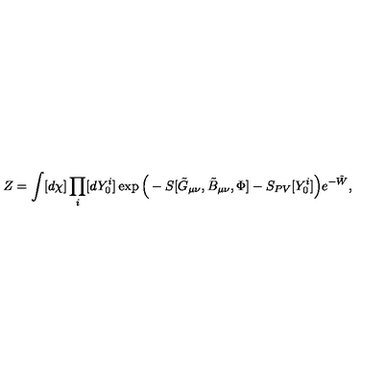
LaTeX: Z = \int [ d \chi ] \prod _ { i } [ d Y _ { 0 } ^ { i } ] \exp \Big ( - S [ \tilde { G } _ { \mu \nu } , \tilde { B } _ { \mu \nu } , \Phi ] - S _ { P V } [ Y _ { 0 } ^ { i } ] \Big ) e ^ { - \tilde { W } } , \nonumber \,